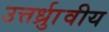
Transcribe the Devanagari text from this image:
उत्तर्ध्राुवीय